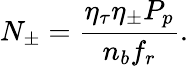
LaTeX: N_{\pm}=\frac{\eta_{\tau}\eta_{\pm}P_{p}}{n_{b}f_{r}}.